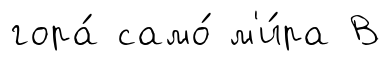
гора́ само́ м'и́ра В